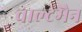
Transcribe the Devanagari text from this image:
वाल्टमैन